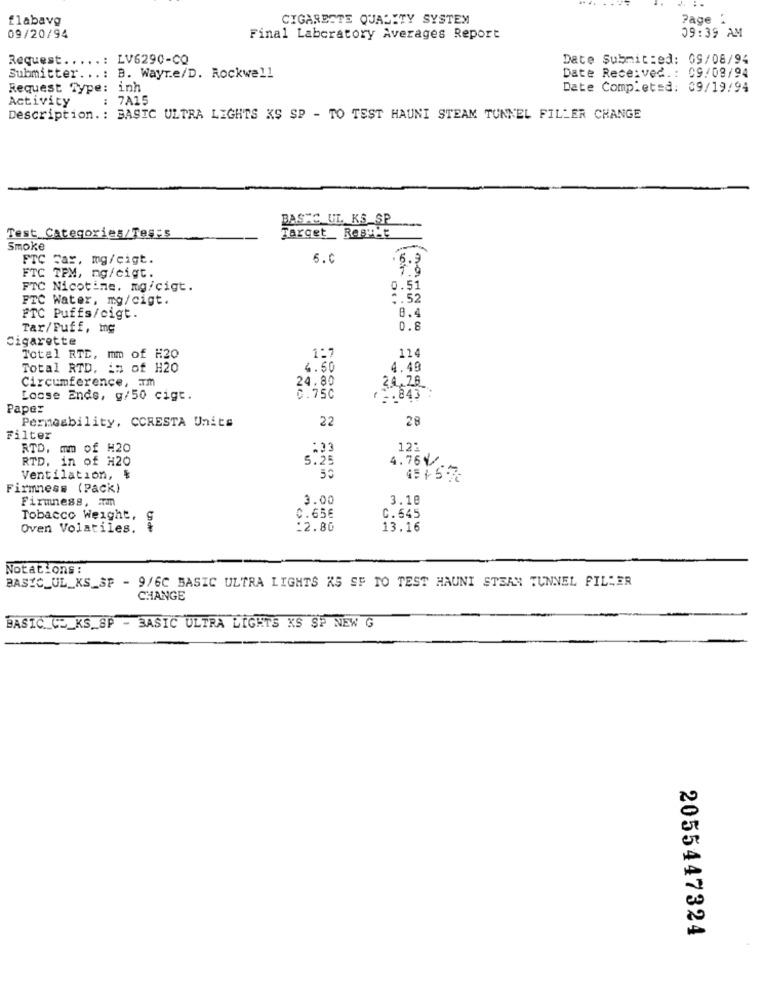
flabavg
CIGARESTE QUALITY SYSTEM
Page :
09:39 AM
09/20/94
Final Laboratory Averages Report
Request .....: LV6290-CQ
Date Submit:ed: 09/08/94
Date Received .: 09/08/94
Submitter ...: B. Wayre/D. Rockwell
Request Type: inh
Date Completed: 09/19/94
Activity
: 7A15
Description .: BASIC ULTRA LIGHTS KS SP - TO TEST HAUNI STEAM TUNNEL FILLER CHANGE
STC UL. KS_SP
Test Categories/Tes:s
Target Rest'e
Smoke
FTC Far, mg/cigt.
5.0
6.3
FTC TPM, mg/cigt.
FTC Nicotine. mg/cigt.
0.51
FTC Water, mg/cigt.
2.52
8.4
FTC Puffs/cigt.
Tar/Puff, mg
0.8
Cigarette
114
Total RTE, mm of H20
1:7
Total RTD. is of H20
4.50
4.49
Circumference, Tm
24.80
24,26
Loose Ends, g/50 cigt.
0.75C
2.843 :
Paper
Permeability, CCRESTA Units
22
28
Filter
RTD. mm of #20
121
RTD, in of H20
5.25
4.76€/
Ventilation, $
50
45157
Firmness (Pack)
Firmness, Tm
3.00
3.18
Tobacco Weight,
0.65€
C.545
Oven Volatiles.
Unde
12.80
13.16
Notations :
BASIC_UL_KS_SF - 9/6C BASIC ULTRA LIGHTS KS SF TO TEST HAUNI STEAM TUNNEL FILLER
CHANGE
BASIC C __ KS_SP - BASIC ULTRA LIGHTS KS SP NEW G
2055447324